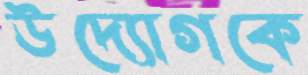
উদ্যোগকে